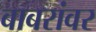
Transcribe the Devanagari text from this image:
बाबरांवर